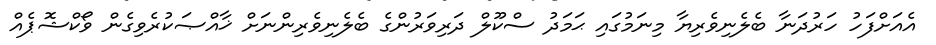
އެއަށްފަހު ހަރުދަނާ ބެލެނިވެރިޔާ މިނަމުގައި ޙަމަދު ސްކޫލް ދަރިވަރުންގެ ބެލެނިވެރިންނަށް ޚާއްޞަކުރެވިގެން ވޯކްޝޮޕެއް